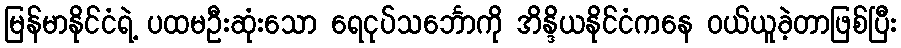
မြန်မာနိုင်ငံရဲ့ ပထမဦးဆုံးသော ရေငုပ်သင်္ဘောကို အိန္ဒိယနိုင်ငံကနေ ဝယ်ယူခဲ့တာဖြစ်ပြီး